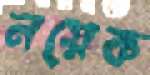
নয়েক